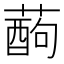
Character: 𮑄